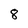
Character: 8